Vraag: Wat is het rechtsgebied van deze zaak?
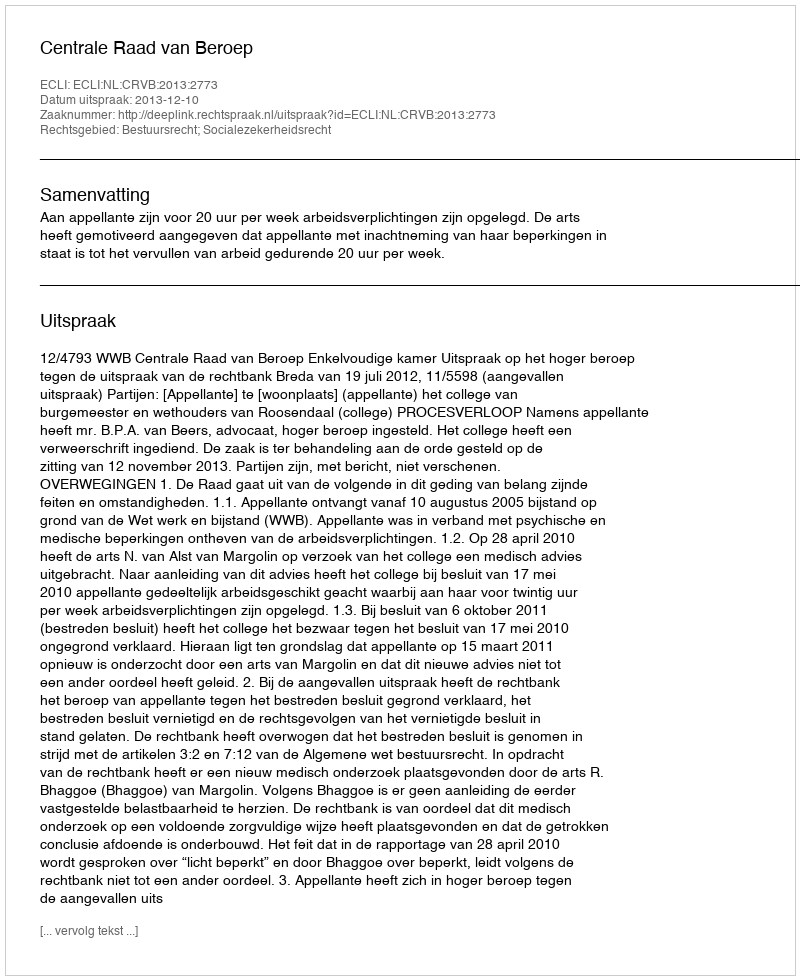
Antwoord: Bestuursrecht; Socialezekerheidsrecht